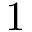
\boldsymbol { 1 }